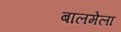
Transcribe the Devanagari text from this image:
बालमेला